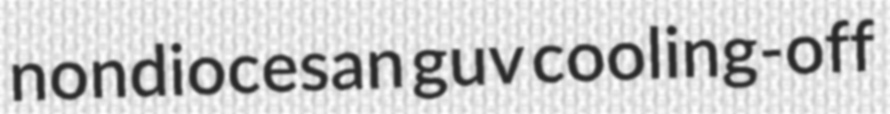
nondiocesan guv cooling-off